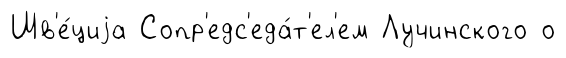
Шв'е́циjа Сопр'едс'еда́т'ел'ем Лучинского о